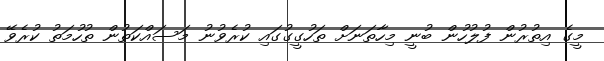
މީގެ އިތުރުން ފުލުހުން ބުނީ މިހާތަނަށް ތަހުގީގުގައި ކުރެވުނު މަސައްކަތުން ތުހުމަތު ކުރެވޭ